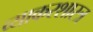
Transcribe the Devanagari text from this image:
व्याकरशास्त्र